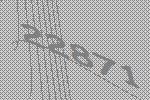
22871